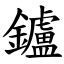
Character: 鑪